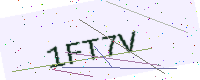
Text: 1FT7V